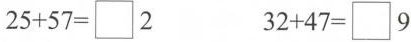
$$2 5 + 5 7 = \Box 2$$ $$3 2 + 4 7 = \Box 9$$